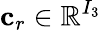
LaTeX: \mathbf{c}_{r}\in\mathbb{R}^{I_{3}}